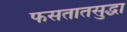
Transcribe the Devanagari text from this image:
फसतातसुद्धा